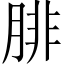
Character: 腓